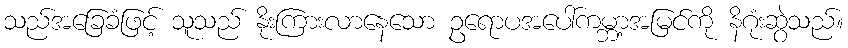
သည်အခြေခံဖြင့် သူသည် နိုးကြားလာနေသော ဥရောပအပေါ်ကမ္ဘာ့အမြင်ကို နိဂုံးဆွဲသည်။